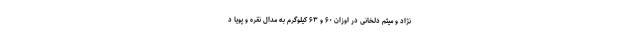
نژاد و میثم دلخانی در اوزان ۶۰ و ۶۳ کیلوگرم به مدال نقره و پویا د